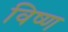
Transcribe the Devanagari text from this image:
विष्ण